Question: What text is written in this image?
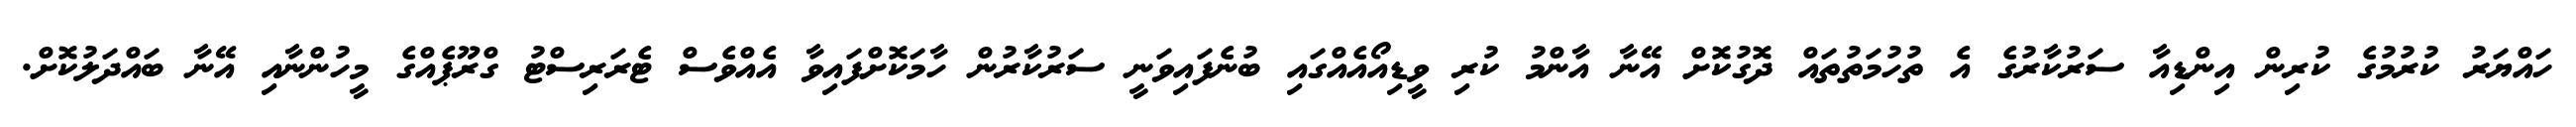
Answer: ހައްޔަރު ކުރުމުގެ ކުރިން އިންޑިއާ ސަރުކާރުގެ އެ ތުހުމަތުތައް ދޮގުކޮށް އޭނާ އާންމު ކުރި ވީޑިއޯއެއްގައި ބުނެފައިވަނީ ސަރުކާރުން ހާމަކޮށްފައިވާ އެއްވެސް ޓެރަރިސްޓު ގްރޫޕެއްގެ މީހުންނާއި އޭނާ ބައްދަލުކޮށް.